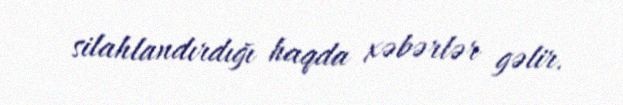
silahlandırdığı haqda xəbərlər gəlir.